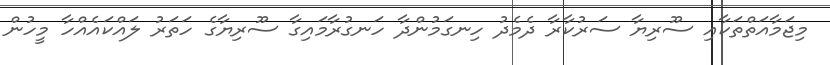
މިޖަމާއަތްތަކާއި ސޫރިޔާ ސަރުކާރާ ދެމެދު ހިނގަމުންދާ ހަނގުރާމައިގާ ސޫރިޔާގެ ހަތަރު ލައްކައެއްހާ މީހުން